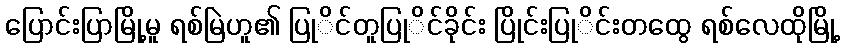
ပြောင်းပြာမြို့မူ ရစ်မြဲဟူ၏ ပြုိင်တူပြုိင်ခိုင်း ပြိုင်းပြုိင်းတထွေ ရစ်လေထိုမြို့